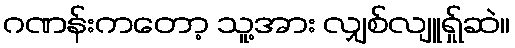
ဂဏန်းကတော့ သူ့အား လျှစ်လျူရ်ှုဆဲ။